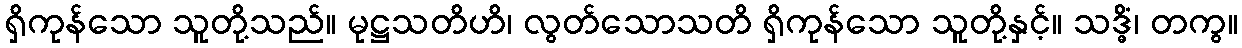
ရှိကုန်သော သူတို့သည်။ မုဋ္ဌသတိဟိ၊ လွတ်သောသတိ ရှိကုန်သော သူတို့နှင့်။ သဒ္ဓိံ၊ တကွ။